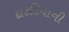
દારૂડિયાની